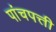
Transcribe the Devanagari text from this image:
पांचपत्ती